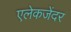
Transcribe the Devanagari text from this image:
एलेकजेंदर